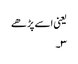
یعنی اسے پڑھے
۳۔